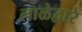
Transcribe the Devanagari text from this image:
लाळेद्वारे